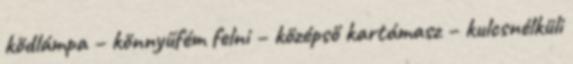
ködlámpa – könnyűfém felni – középső kartámasz – kulcsnélküli